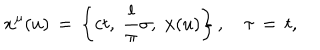
LaTeX: x ^ { \mu } ( u ) \, = \, \left\{ c t , \; \frac { l } { \pi } \sigma , \; { \bf x } ( u ) \right\} , \quad \tau \, = \, t ,